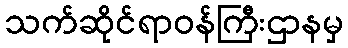
သက်ဆိုင်ရာဝန်ကြီးဌာနမှ